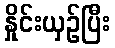
နှိုင်းယှဉ်ပြီး